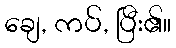
ချေ, ကပ်, ပြီး၏။